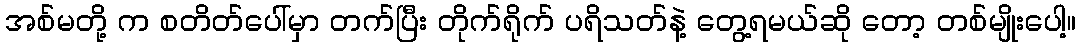
အစ်မတို့ က စတိတ်ပေါ်မှာ တက်ပြီး တိုက်ရိုက် ပရိသတ်နဲ့ တွေ့ရမယ်ဆို တော့ တစ်မျိုးပေါ့။